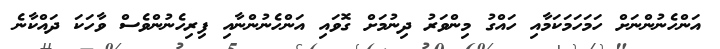
އަންހެނުންނަށް ހަމަހަމަކަމާއި ހައްގު މިންވަރު ދިނުމަށް ގޮވައި އަންހެނުންނާއި ފިރިހެނުންވެސް ވާހަކަ ދައްކާނެ